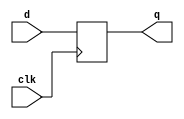
`timescale 1ns / 1ps
/////////////////////
module dff(d,clk,q);
output reg q;
input d,clk;
always@(posedge clk)
begin
q<=d;
end

endmodule